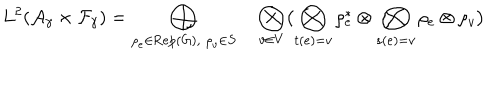
LaTeX: L ^ { 2 } ( { \cal A } _ { \gamma } \times { \cal F } _ { \gamma } ) = \bigoplus _ { \rho _ { e } \in \mathrm { R e p } ( G ) , \; \rho _ { v } \in S } \quad \bigotimes _ { v \in V } \bigl ( \bigotimes _ { t ( e ) = v } \rho _ { e } ^ { * } \otimes \bigotimes _ { s ( e ) = v } \rho _ { e } \otimes \rho _ { v } \bigr )